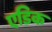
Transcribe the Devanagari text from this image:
एडिक